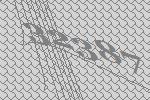
32387